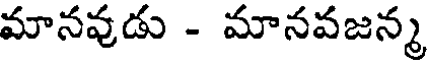
మానవుడు - మానవజన్మ